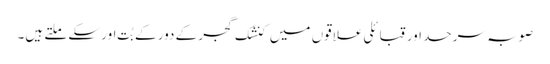
صوبہ سرحد اور قبائلی علاقوں میں کنشک گجر کے دور کے بُت اور سکے ملتے ہیں۔